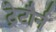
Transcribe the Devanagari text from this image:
ट्रेटौर्न